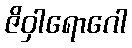
ဇိဝှါရောဂေါ